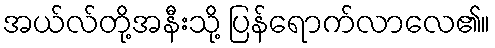
အယ်လ်တို့အနီးသို့ ပြန်ရောက်လာလေ၏။